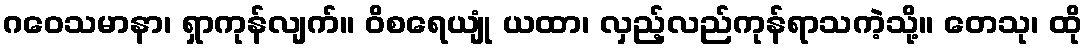
ဂဝေသမာနာ၊ ရှာကုန်လျက်။ ဝိစရေယျုံ ယထာ၊ လှည့်လည်ကုန်ရာသကဲ့သို့။ တေသု၊ ထို